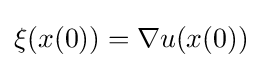
\xi (x(0))=\nabla u(x(0))